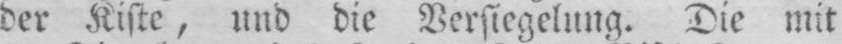
der Kiste, und die Versiegelung. Die mit